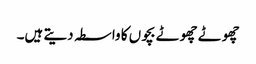
چھوٹے چھوٹے بچوں کا واسطہ دیتے ہیں۔